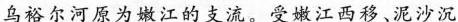
乌裕尔河原为嫩江的支流。受嫩江西移、泥沙沉